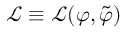
\mathcal { L } \equiv \mathcal { L } ( \varphi , \tilde { \varphi } )